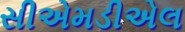
સીએમડીએલ